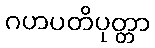
ဂဟပတိပုတ္တာ